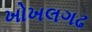
ખોખલગઢ